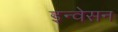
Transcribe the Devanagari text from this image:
इन्वेसन